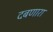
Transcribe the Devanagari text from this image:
दबणारा